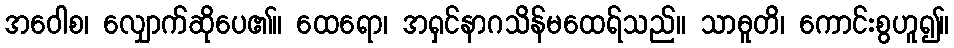
အဝေါစ၊ လျှောက်ဆိုပေ၏။ ထေရော၊ အရှင်နာဂသိန်မထေရ်သည်။ သာဓူတိ၊ ကောင်းစွဟူ၍။